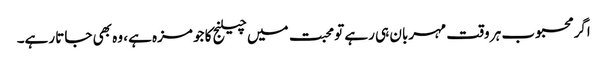
اگر محبوب ہر وقت مہربان ہی رہے تو محبت میں چیلنج کا جو مزہ ہے، وہ بھی جاتا رہے۔